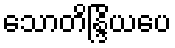
သောတိန္ဒြိယပေ